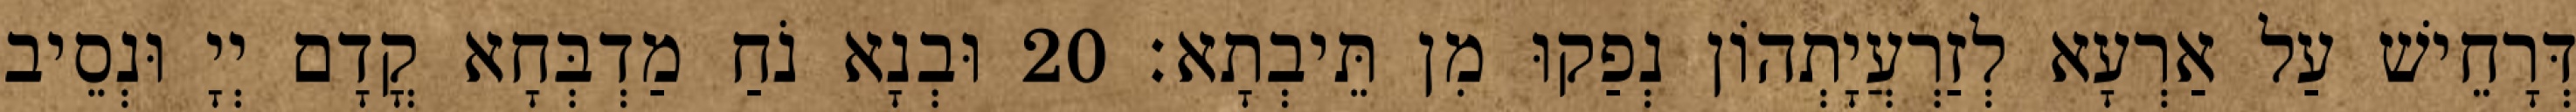
דְּרָחֵישׁ עַל אַרְעָא לְזַרְעֲיָתְהוֹן נְפַקוּ מִן תֵּיבְתָא׃ 20 וּבְנָא נֹחַ מַדְבְּחָא קֳדָם יְיָ וּנְסֵיב